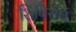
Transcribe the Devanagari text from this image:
शिबिरांचं